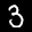
Label: 3